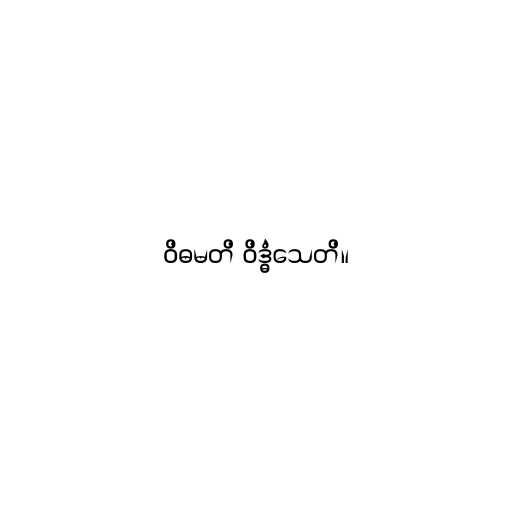
ဝိဓမတိ ဝိဒ္ဓံသေတိ။